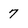
Character: 7